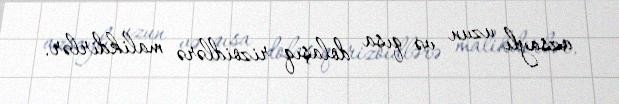
azsaylı uzun və qısa dolaşıq rizoidlərə malikdirlər.